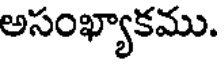
అసంఖ్యాకము.